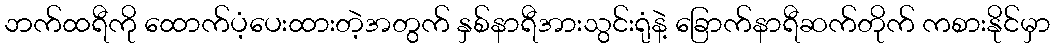
ဘက်ထရီကို ထောက်ပံ့ပေးထားတဲ့အတွက် နှစ်နာရီအားသွင်းရုံနဲ့ ခြောက်နာရီဆက်တိုက် ကစားနိုင်မှာ